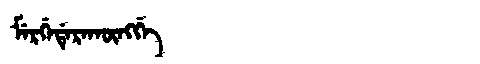
Manchu: ᠮᡝᡵᡤᡝᡩᡝᡵᠠᡴᡡᠩᡤᡝ
Romanization: MERGEDERAKŪNGGE